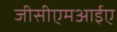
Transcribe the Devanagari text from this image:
जीसीएमआईए